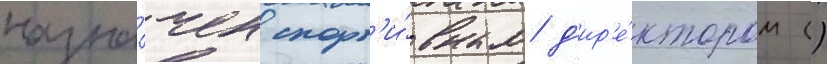
назна́чен спорт'и́вным д'ир'е́ктором ()